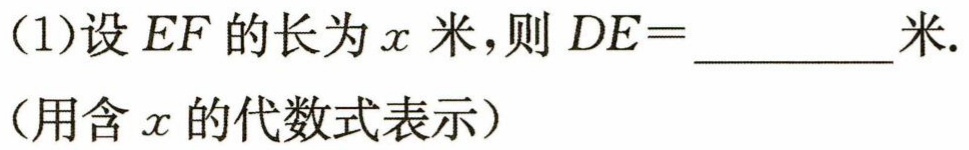
(1)设\(EF\)的长为\(x\)米，则\(DE = \_\_\_\_\_\_\_\_\)米.
(用含\(x\)的代数式表示）